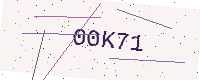
Text: 00K71